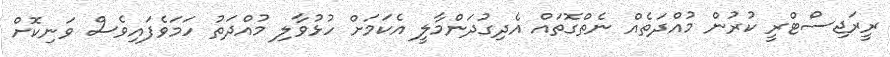
ރީރަޖިސްޓްރީ ކުރުން މުއްދަތެއް ނެތްގޮތައް އެދިގުދަންމާލީ އެކަމަށް ހުޅުވާލި މުއްދަތު ހަމަވެފައިވެސް ވަނިކޮށް